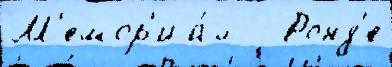
М'емор'иа́л   Ронд'е